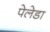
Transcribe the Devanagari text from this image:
पेलेडा